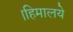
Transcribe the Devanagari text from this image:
।हिमालये